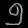
Digit: ၅